Civil Veterinary Department Bihar & Orissa reports 1929-36 - 1929-1936
Year: 1929
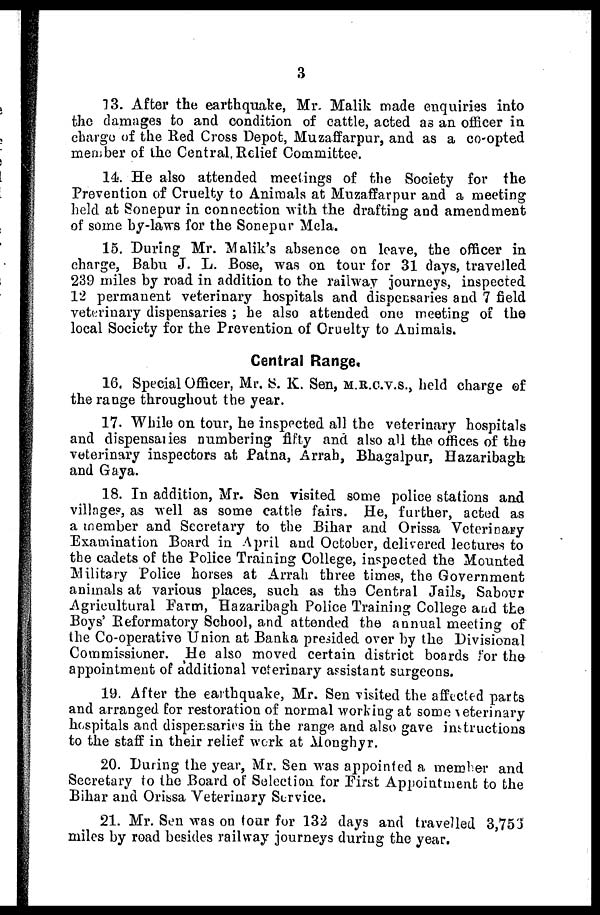
3
13. After the earthquake, Mr. Malik made enquiries into
the damages to and condition of cattle, acted as an officer in
charge of the Red Cross Depot, Muzaffarpur, and as a co-opted
member of the Central, Relief Committee.
14. He also attended meetings of the Society for the
Prevention of Cruelty to Animals at Muzaffarpur and a meeting
held at Sonepur in connection with the drafting and amendment
of some by-laws for the Sonepur Mela.
15. During Mr. Malik's absence on leave, the officer in
charge, Babu J. L. Bose, was on tour for 31 days, travelled
239 miles by road in addition to the railway journeys, inspected
12 permanent veterinary hospitals and dispensaries and 7 field
veterinary dispensaries; he also attended one meeting of the
local Society for the Prevention of Cruelty to Animals.
Central Range,
16. Special Officer, Mr. S. K. Sen, M.R.C.V.S., held charge of
the range throughout the year.
17. While on tour, he inspected all the veterinary hospitals
and dispensaries numbering fifty and also all the offices of the
veterinary inspectors at Patna, Arrah, Bhagalpur, Hazaribagh
and Gaya.
18. In addition, Mr. Sen visited some police stations and
villages, as well as some cattle fairs. He, further, acted as
a member and Secretary to the Bihar and Orissa Veterinary
Examination Board in April and October, delivered lectures to
the cadets of the Police Training College, inspected the Mounted
Military Police horses at Arrah three times, the Government
animals at various places, such as the Central Jails, Sabour
Agricultural Farm, Hazaribagh Police Training College and the
Boys' Reformatory School, and attended the annual meeting of
the Co-operative Union at Banka presided over by the Divisional
Commissioner. He also moved certain district boards for the
appointment of additional veterinary assistant surgeons.
19. After the earthquake, Mr. Sen visited the affected parts
and arranged for restoration of normal working at some Veterinary
hospitals and dispensaries in the range and also gave instructions
to the staff in their relief work at Monghyr.
20. During the year, Mr. Sen was appointed a member and
Secretary to the Board of Selection for First Appointment to the
Bihar and Orissa Veterinary Service.
21. Mr. Sen was on tour for 132 days and travelled 3,753
miles by road besides railway journeys during the year.